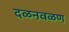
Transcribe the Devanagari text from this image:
दळनवळण